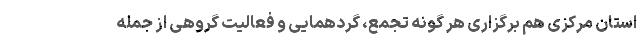
استان مرکزی هم برگزاری هر گونه تجمع، گردهمایی و فعالیت گروهی از جمله